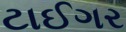
ટાઈગર